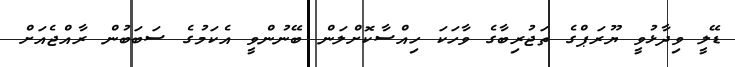
ޑޭލީ ވިދާޅުވީ ޔޫރަޕްގެ ތަޖުރިބާގެ ވާހަކަ ހިއްސާކޮށްލަން ބޭނުންވީ އެކަމުގެ ސަބަބުން ރާއްޖެއަށް